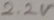
Text: 2.2V